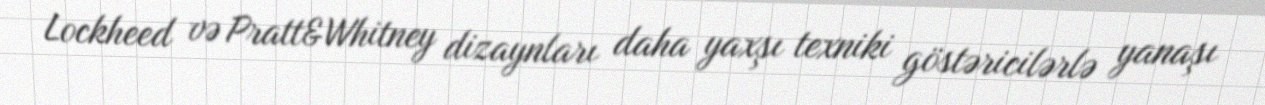
Lockheed və Pratt&Whitney dizaynları daha yaxşı texniki göstəricilərlə yanaşı